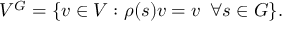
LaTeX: V ^ { G } = \{ v \in V : \rho ( s ) v = v \, \, \, \forall s \in G \} .